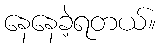
နေနေခဲ့ရတယ်။